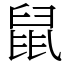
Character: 鼠